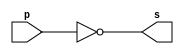
// ------------------------- 
// Exemplo0002 - NOT 
// Nome: Jnatas Sena Ferreira
// ------------------------- 
// ------------------------- 
// -- not gate 
// ------------------------- 
module notgate (output s, 
input p); 
assign s = ~p; 
endmodule // notgate 
// ------------------------- 
// -- test not gate 
// ------------------------- 
module testnotgate; 
// ------------------------- dados locais 
reg a; // definir registrador 
// (variavel independente) 
wire s; // definir conexao (fio) 
// (variavel dependente ) 
// ------------------------- instancia 
notgate NOT1 (s, a); 
// ------------------------- preparacao 
initial begin:start 
a=0; 
end 
// ------------------------- parte principal 
initial begin 
$display("Exemplo0002 - Jnatas Sena Ferreira - 427424"); 
$display("Test NOT gate"); 
$display("\n~a = s\n"); 
a=0; 
#1 $display("~%b = %b", a, s); 
a=1; 
#1 $display("~%b = %b", a, s); 
end 
endmodule // testnotgate